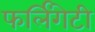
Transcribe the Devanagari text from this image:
फर्लिंगेटी